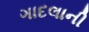
ગાદલાની